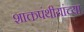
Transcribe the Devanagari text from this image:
शाक्तपंथीयांच्या